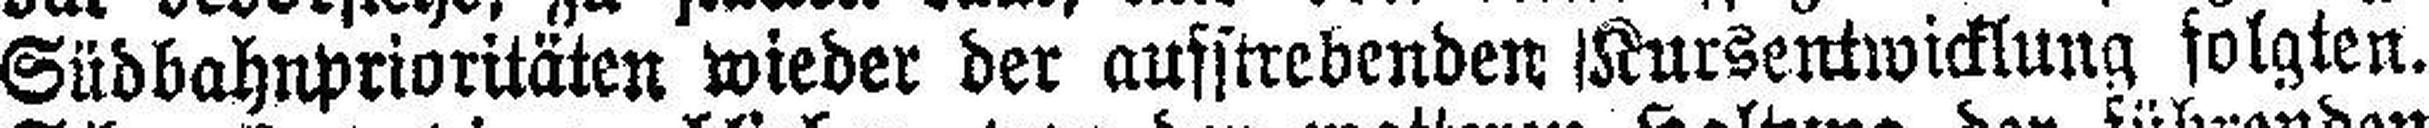
Südbahuprioritäten wieder der aufstrebenden Kursentwicklung folgten.